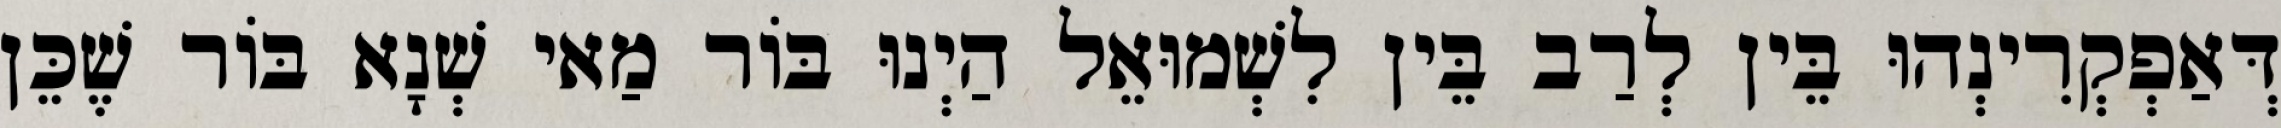
דְּאַפְקְרִינְהוּ בֵּין לְרַב בֵּין לִשְׁמוּאֵל הַיְנוּ בּוֹר מַאי שְׁנָא בּוֹר שֶׁכֵּן